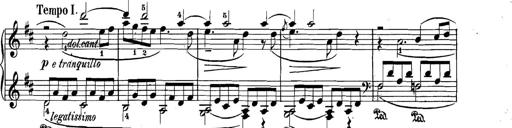
Title: 3 Sonatinas
Composer: Carl Reinecke